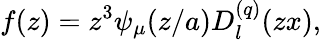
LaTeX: f(z)=z^{3}\psi_{\mu}(z/a)D_{l}^{(q)}(zx),